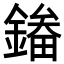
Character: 𮢲